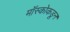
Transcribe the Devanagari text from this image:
मॉस्कोकडून